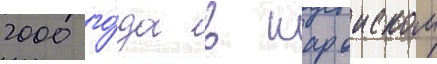
2000 го́да в шароиском